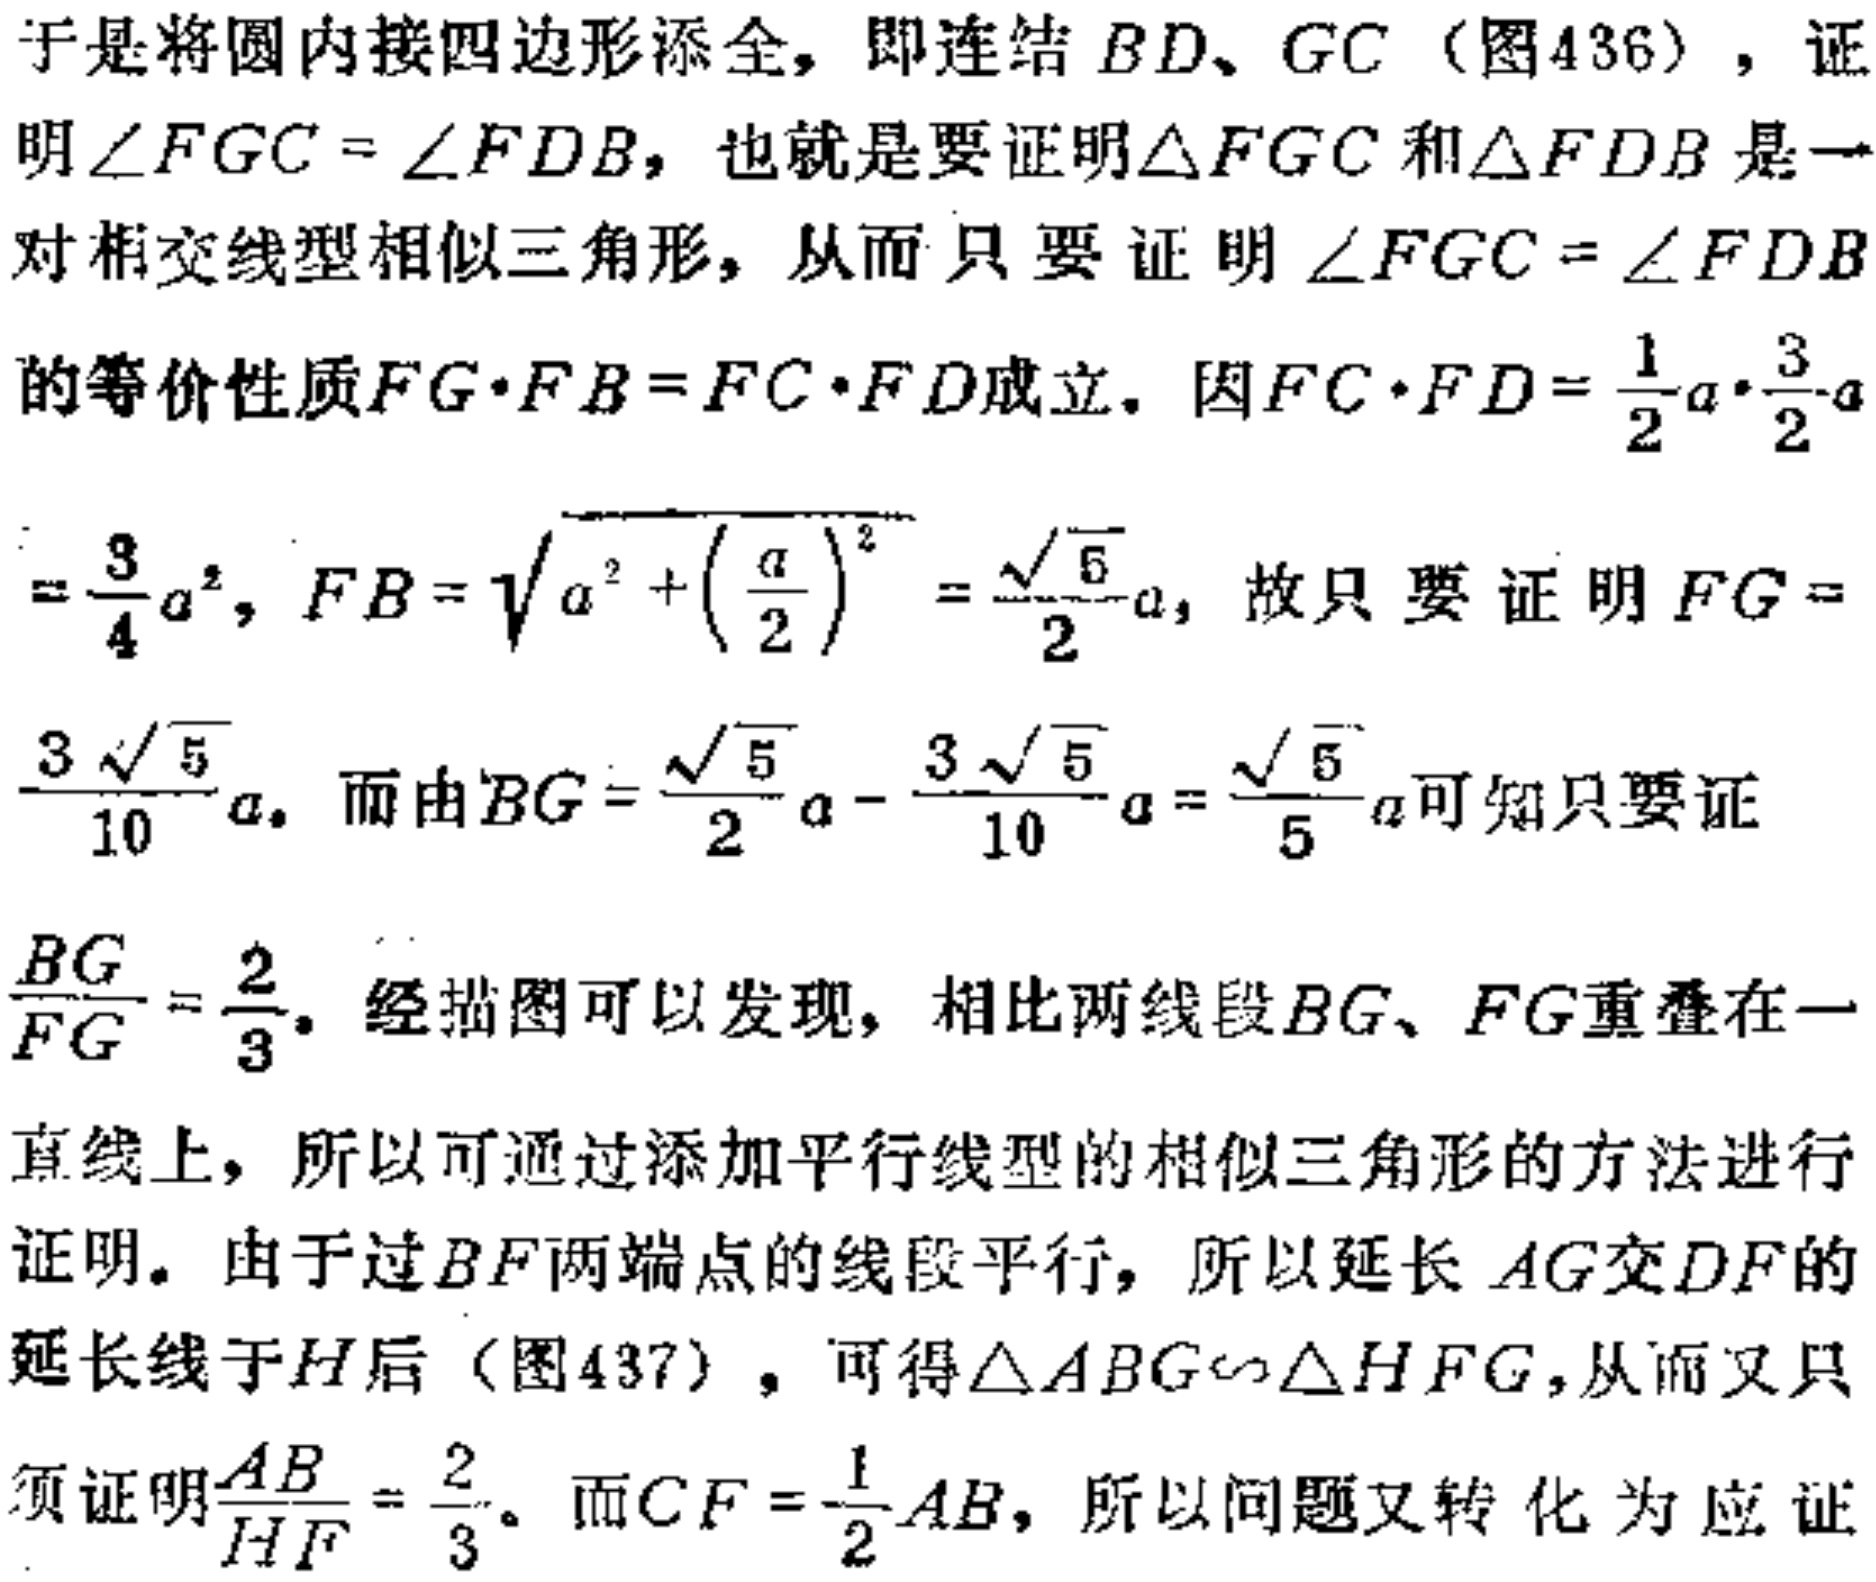
于是将圆内接四边形添全，即连结 \(BD\)、\(GC\)（图436），证明\(\angle FGC = \angle FDB\)，也就是要证明\(\triangle FGC\)和\(\triangle FDB\)是一对相交线型相似三角形，从而只要证明\(\angle FGC = \angle FDB\)的等价性质\(FG\cdot FB = FC\cdot FD\)成立。因\(FC\cdot FD=\frac{1}{2}a\cdot\frac{3}{2}a=\frac{3}{4}a^{2}\)，\(FB = \sqrt{a^{2}+\left(\frac{a}{2}\right)^{2}}=\frac{\sqrt{5}}{2}a\)，故只要证明\(FG = \frac{3\sqrt{5}}{10}a\)。而由\(BG=\frac{\sqrt{5}}{2}a - \frac{3\sqrt{5}}{10}a=\frac{\sqrt{5}}{5}a\)可知只要证\(\frac{BG}{FG}=\frac{2}{3}\)。经描图可以发现，相比两线段\(BG\)、\(FG\)重叠在一直线上，所以可通过添加平行线型的相似三角形的方法进行证明。由于过\(BF\)两端点的线段平行，所以延长 \(AG\)交\(DF\)的延长线于\(H\)后（图437），可得\(\triangle ABG\sim\triangle HFG\)，从而又只须证明\(\frac{AB}{HF}=\frac{2}{3}\)。而\(CF = \frac{1}{2}AB\)，所以问题又转化为应证